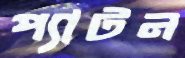
প্যাটন